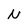
Character: N